Annual administration report of the Civil Veterinary Department of India - 1899-1900
Year: 1899
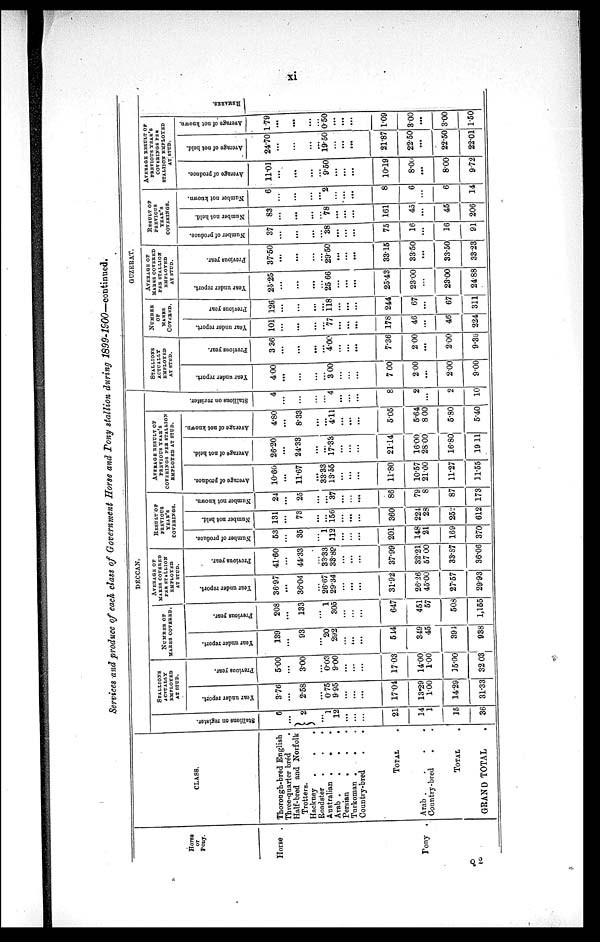
xi
Services and produce of each class of Government Horse and Pony stallion during
1899-1900—continued.
Horse
or
Pony.
Horse .
Pony
.
CLASS.
Thorough-bred English
Three-quarter bred .
Half-bred and Norfolk
Trotters.
Hackney
.
.
.
Roadster
.
.
.
Australian . . .
Arab .
.
.
.
Persian
. . .
Turkoman . . .
Country-bred
.
.
TOTAL
Arab .
.
.
.
Country-bred . .
TOTAL
GRAND TOTAL .
DECCAN.
Stallions on register.
6
...
2
...
1
12
...
...
...
21
14
1
15
36
STALLIONS ACTUALLY EMPLOYED
AT STUD.
Year under report.
3.76
...
2.58
... 075
9.95
......
...
...
17.04
13.29
1.00
14.29
31.33
Previous year.
5.00
...
3.00
......
0.03
9.00
...
...
...
1703
14.00
100
15.00
32 03
NUMBER OF
MARES COVERED.
Year under report.
139
...
93
...
20
292
...
...
...
514
349
45
394
938
Previous year.
208
...
133
... 1
305
...
...
...
647
451
57
508
1,155
AVERAGE OF
MARES COVERED
PER STALLION
EMPLOYED
AT STUD.
Year under report.
36.97
...
36.04
...
26.67
29.34
...
...
...
31.92
26.26
45.00
27.57
29.93
Previous year.
41.60
...
44.33
...
33.33
33.89
......
......
...
37.99
32.21
57 00
33.87
36.06
RESULT OF
PREVIOUS
YEAR'S
COVERINGS.
Number of produce.
53
...
35
... 1
112
...
...
...
201
148
21
169
370
Number not held.
131
...
73
...
...
156
...
...
...
360
224
28
252
612
Number not known.
24
...
25
...
...
37
...
...
...
86
79
8
87
173
AVERAGE RESULT OF
PREVIOUS YEAR'S
COVERINGS PER STALLION
EMPLOYED AT STUD.
Average of produce.
10.60
...
11.67
...
33.33
13.55
...
......
...
11.80
10.57
21.00
11.27
11.55
Average of not held.
26.20
...
24.33
...
...
17.33
...
...
...
21.14
16.00
2800
16.80
19 11
Average of not known.
4.80
...
8.33
...
...
4.11
...
...
...
5.05
5.64
8 00
5.80
5.40
Stallions on register.
4
...
...
...
...
4
...
...
...
8
2
...
2
10
GUZERAT.
STALLIONS ACTUALLY EMPLOYED
AT STUD.
Year under report.
400
...
...
...
...
3 00
...
...
...
7 00
200
...
2.00
9.00
Previous year.
336
...
...
......
...
4.00
...
...
...
7.36
200
...
200
9.36
NUMBER OF
MARES
COVERED.
Year under report.
101
...
...
...
...
77
...
...
...
178
46
...
46
224
Previous year
126
...
...
...
...
118
...
...
...
244
67
...
67
311
AVERAGE OF
MARKS COVERED
PER STALLION
EMPLOYED
AT STUD.
Year under report.
25.25
...
...
...
...
25 66
...
...
...
25.43
23.00
...
23.00
24.88
Previous year.
37.50
...
...
......
...
29.50
...
...
...
33.15
33.50
...
33.50
33.23
RESULT OF
PREVIOUS
YEAR'S
COVERINGS.
Number of produce.
37
...
...
...
...
38
...
...
...
75
16
...
16
91
Number not held.
83
...
...
...
...
78
...
...
...
161
45
...
45
206
Number not known.
6
...
...
...
...
2
...
...
...
8
6
...
6
14
AVERAGE RESULT OF
PREVIOUS YEAR'S
COVERINGS PER
STALIION EMPLOYED
AT STUD.
Average of produce.
11.01
...
...
...
...
9.50
...
...
...
10.19
8.00
...
8.00
9.72
Average of not held.
24.70
...
...
...
...
19.50
...
...
...
21.87
22.50
...
22.50
22.01
Average of not known.
1.79
...
...
...
...
0.50
...
...
...
1.09
3.00
...
3.00
1.50
REMARKS.
Q 2